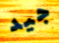
جيد